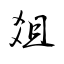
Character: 爼